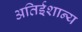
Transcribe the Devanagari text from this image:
अतिईशान्य